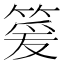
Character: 䈠